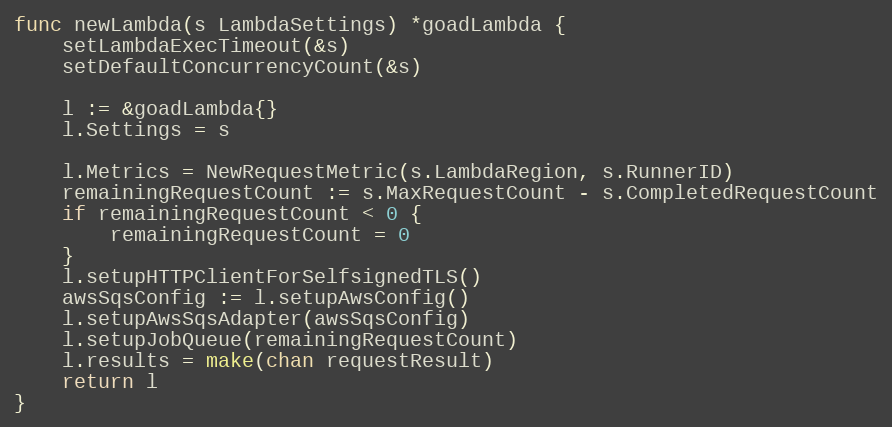
Language: Go
func newLambda(s LambdaSettings) *goadLambda {
	setLambdaExecTimeout(&s)
	setDefaultConcurrencyCount(&s)

	l := &goadLambda{}
	l.Settings = s

	l.Metrics = NewRequestMetric(s.LambdaRegion, s.RunnerID)
	remainingRequestCount := s.MaxRequestCount - s.CompletedRequestCount
	if remainingRequestCount < 0 {
		remainingRequestCount = 0
	}
	l.setupHTTPClientForSelfsignedTLS()
	awsSqsConfig := l.setupAwsConfig()
	l.setupAwsSqsAdapter(awsSqsConfig)
	l.setupJobQueue(remainingRequestCount)
	l.results = make(chan requestResult)
	return l
}